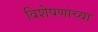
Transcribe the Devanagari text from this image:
विशेषणांच्या